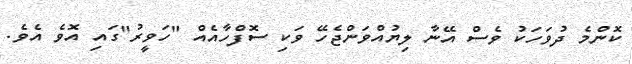
ކޮންމެ ދުވަހަކު ވެސް އޭނާ ލިޔުއްވަންޖެހޭ ވަކި ސޮފްހާއެއް "ހަވީރު"ގައި އޮވެ އެވެ.